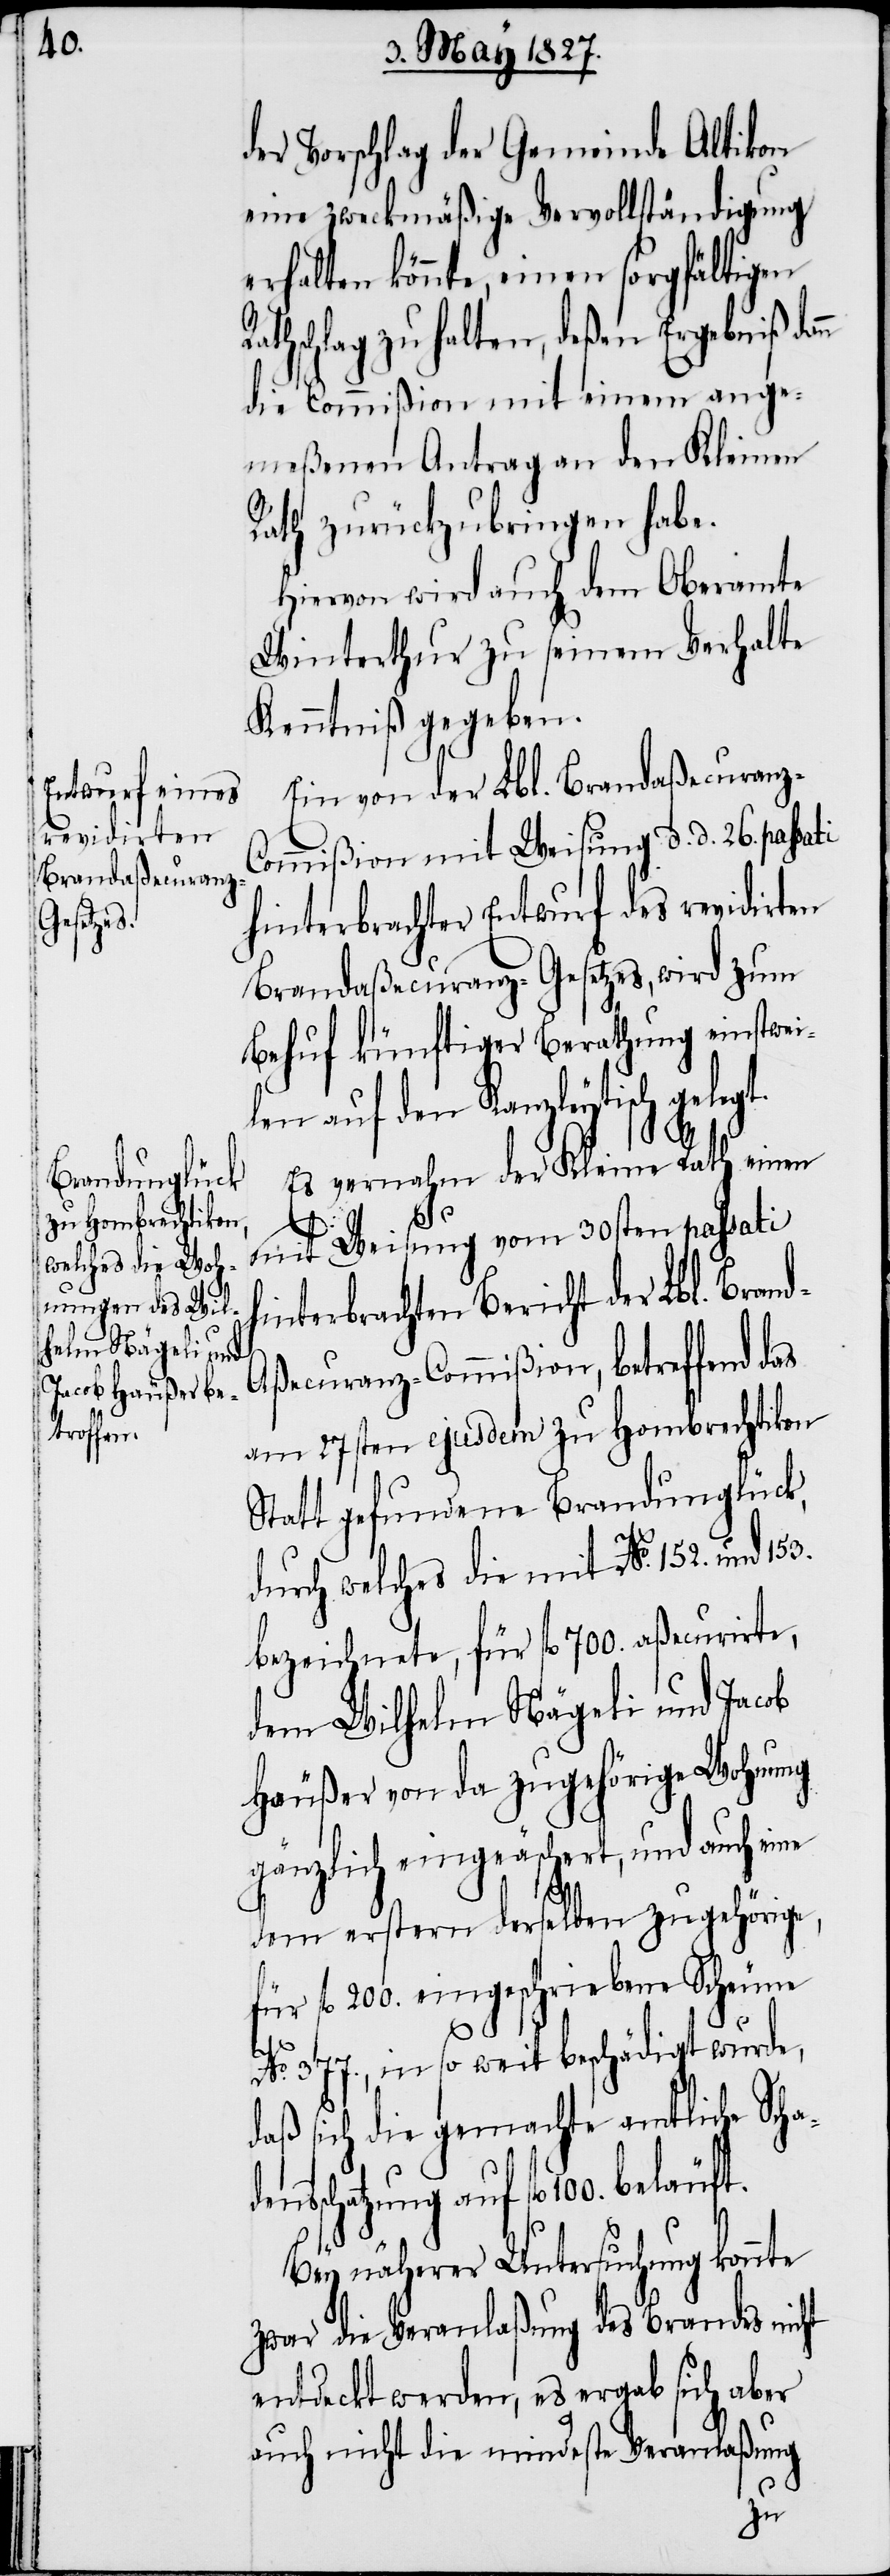
sschat¬

t.
der Vorschlag der Gemeinde Altikon
eine zweckmäßige Vervollständigung
erhalten könnte, einen sorgfältigen
athschlag zu halten, deßen Ergebniß dan¬
die Commißion mit einem ange¬
meßenen Antrag an den Kleinen
Rath zurückzubringen habe.
Hiervon wird auch dem Oberamte
Winterthur zu seinem Verhalte
Kenntniß gegeben.
Ein von der Lbl. Brandaßecuranz-C¬
ommißion mit Weisung d. d. 26. passati
hinterbrachter Entwurf des revidirten
Brandaßecuranz-Gesetzes, wird zum
Behuf künftiger Berathung einstwei¬
len auf den Kanzleytisch geleg¬
Es vernahm der Kleine Rath einen
mit Weisung vom 30sten passati
interbrachten Bericht der Lbl. Bran¬
d-Aßecuranz-Commißion, betreffend das
am 27sten ejusdem zu Hombrechtikon
Statt gefundene Brandunglück,
durch welches die mit No. 152.
bezeichnete, für fl. 700. aßecurirte,
dem Wilhelm Nägeli und Jacob
Häußer von da zugehörige Wohnung
gänzlich eingeäschert, und auch eine
dem erstern derselben zugehörige,
für fl. 200. eingeschriebene Scheune
den¬
h¬
No. 377., in so weit beschädigt wurde,
daß sich die gemachte amtliche Scha¬
zung auf fl. 100. beläuft.
Bey näherer Untersuchung konnte
zwar die Veranlaßung des Brandes nicht
entdeckt werden, es ergab sich aber
auch nicht die mindeste Veranlaßung